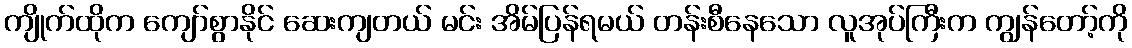
ကျိုက်ထိုက ကျော်စွာနိုင် ဆေးကျတယ် မင်း အိမ်ပြန်ရမယ် တန်းစီနေသော လူအုပ်ကြီးက ကျွန်တော့်ကို